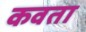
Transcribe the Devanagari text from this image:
कवता